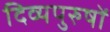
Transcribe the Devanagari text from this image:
दिव्यपुरुषों